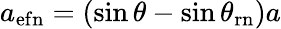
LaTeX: a_{\mathrm{{ef}n}}=(\sin{\theta}-\sin{\theta_{\mathrm{{r}n}}})a